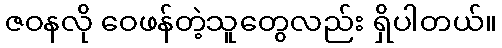
ဇဝနလို ဝေဖန်တဲ့သူတွေလည်း ရှိပါတယ်။